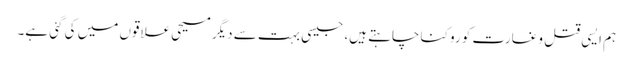
ہم ایسی قتل و غارت کو روکنا چاہتے ہیں، جیسی بہت سے دیگر مسیحی علاقوں میں کی گئی ہے۔